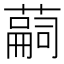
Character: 𦽊